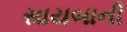
સાયબાની